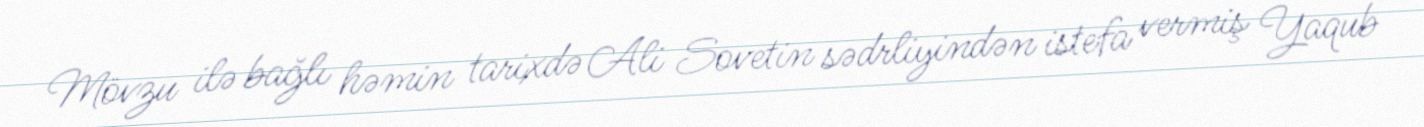
Mövzu ilə bağlı həmin tarixdə Ali Sovetin sədrliyindən istefa vermiş Yaqub